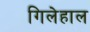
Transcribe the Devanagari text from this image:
गिलेहाल